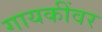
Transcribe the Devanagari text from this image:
गायकींवर